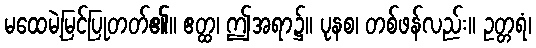
မထေမဲ့မြင်ပြုတတ်၏။ ဧတ္ထ၊ ဤအရာ၌။ ပုနစ၊ တစ်ဖန်လည်း။ ဥတ္တရံ၊